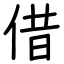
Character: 借